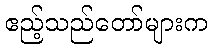
ဧည့်သည်တော်များက